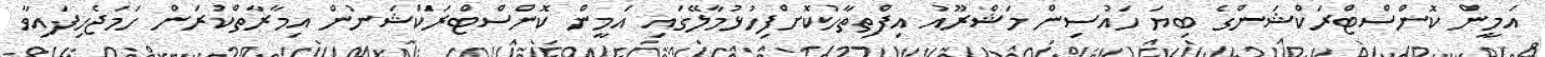
އަމީން ކޮންސްޓްރަކްޝަންގެ ބިޔަ ހައުސިން މަޝްރޫއު އިފްތިތާހުކޮށްފިހުޅުމާލޭގައި އަމީން ކޮންސްޓްރަކްޝަނުން އިމާރާތްކުރަން ހަމަޖެހިފައިވާ